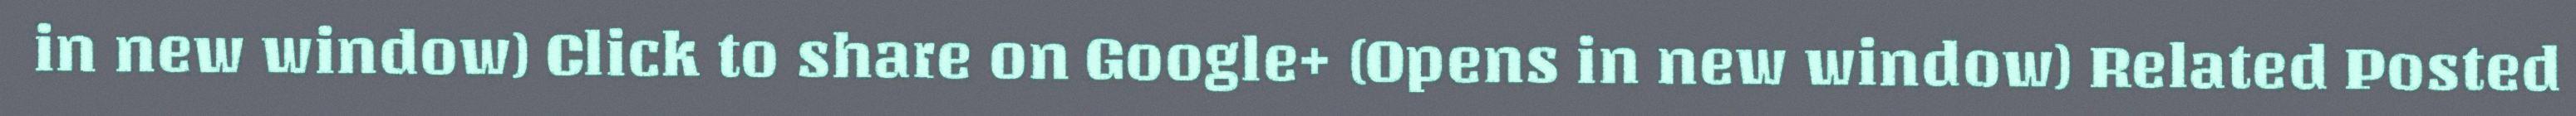
in new window) Click to share on Google+ (Opens in new window) Related Posted